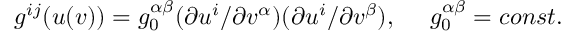
g ^ { i j } ( u ( v ) ) = g _ { 0 } ^ { \alpha \beta } ( \partial u ^ { i } / \partial v ^ { \alpha } ) ( \partial u ^ { i } / \partial v ^ { \beta } ) , \ \ \ \ g _ { 0 } ^ { \alpha \beta } = c o n s t .